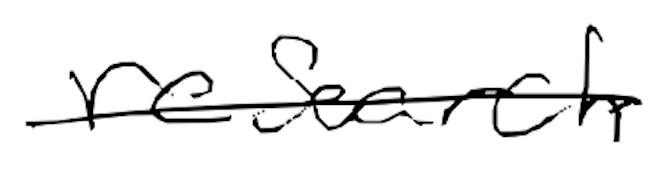
Text: research
Cross-out: single-line
Writing tool: digital_black